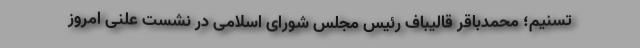
تسنیم؛ محمدباقر قالیباف رئیس مجلس شورای اسلامی در نشست علنی امروز